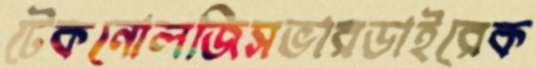
টেকনোলজিসভারডাইরেক